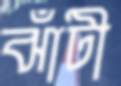
ঝাঁটী